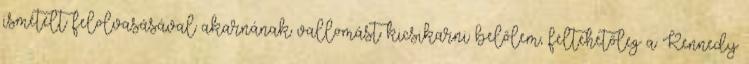
ismételt felolvasásával akarnának vallomást kicsikarni belőlem, feltehetőleg a Kennedy